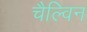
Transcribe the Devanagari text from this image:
चैल्विन